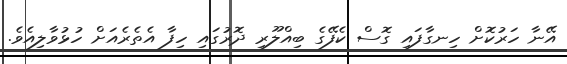
އޭނާ ހަރުކޮށް ހިނގާފައި ގޮސް ކެފޭގެ ބިއްލޫރި ދޮރުގައި ހިފާ އެތެރެއަށް ހުޅުވާލިއެވެ.